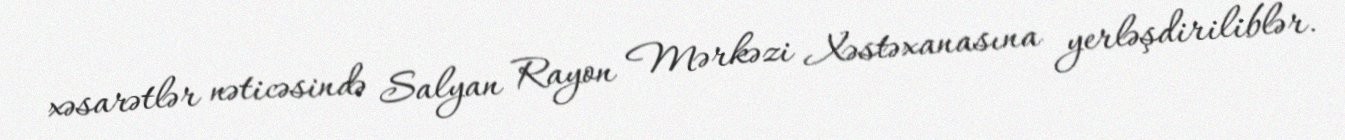
xəsarətlər nəticəsində Salyan Rayon Mərkəzi Xəstəxanasına yerləşdiriliblər.